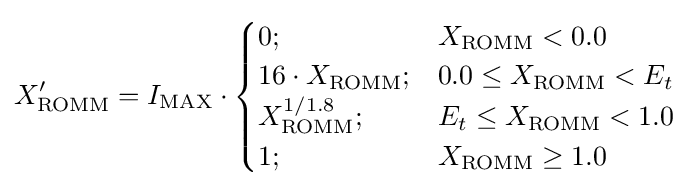
X'_{\mathrm {ROMM} }=I_{\mathrm {MAX} }\cdot {\begin{cases}0;&X_{\mathrm {ROMM} }<0.0\\16\cdot X_{\mathrm {ROMM} };&0.0\leq X_{\mathrm {ROMM} }<E_{t}\\X_{\mathrm {ROMM} }^{1/1.8};&E_{t}\leq X_{\mathrm {ROMM} }<1.0\\1;&X_{\mathrm {ROMM} }\geq 1.0\end{cases}}